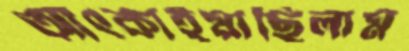
আঁৎকাইয়াছিলাম